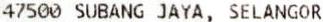
47500 SUBANG JAYA, SELANGOR